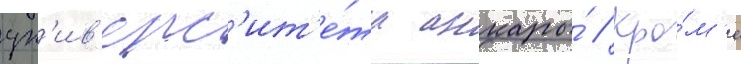
ун'ив'ерс'ит'е́та анкары́ // Кро́м'е